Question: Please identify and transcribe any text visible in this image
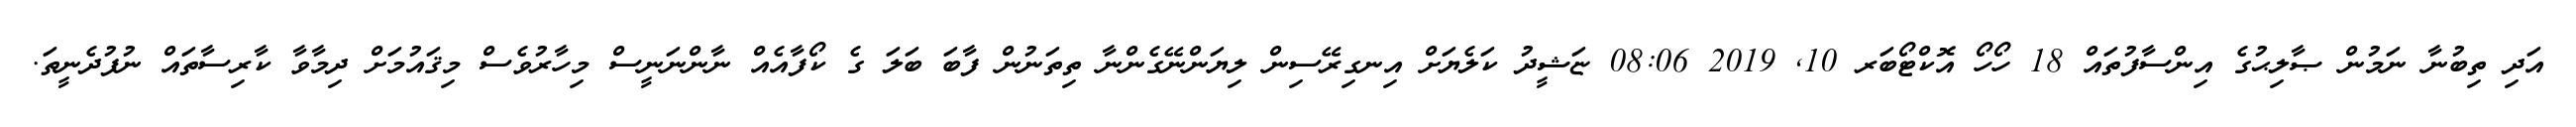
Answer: އަދި ތިބުނާ ނަމުން ޞާލިޙުގެ އިންސާފުތައް 18 ހޯހޯ އޮކްޓޯބަރ 10, 2019 08:06 ޏަޝީދު ކަލެޔަށް އިނގިރޭސިން ލިޔަންނޭގެންނާ ތިތަނުން ފާބަ ބަލަ ގެ ކޯފާއެއް ނާންނަނީސް މިހާރުވެސް މިޤައުމަށް ދިމާވާ ކާރިސާތައް ނުފުދެނީތަ.